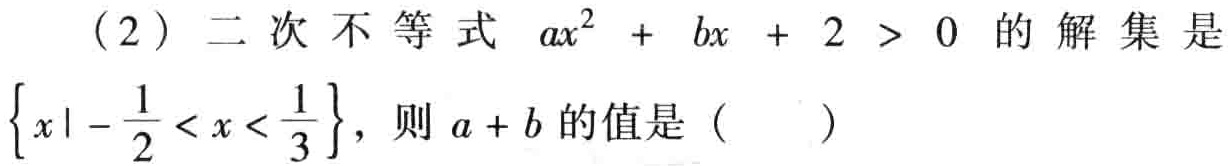
(2) 二次不等式 \(ax^{2}+bx + 2>0\) 的解集是\(\left\{x\mid-\frac{1}{2}<x<\frac{1}{3}\right\}\)，则 \(a + b\) 的值是（  ）